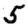
Digit: 5